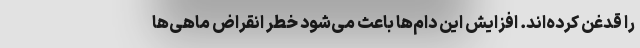
را قدغن کرده‌اند. افزایش این دام‌ها باعث می‌شود خطر انقراض ماهی‌ها